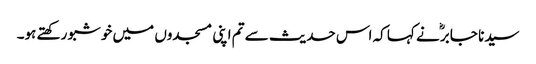
سیدنا جابرؓ نے کہا کہ اس حدیث سے تم اپنی مسجدوں میں خوشبو رکھتے ہو۔